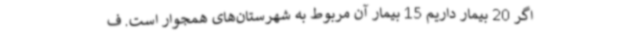
اگر 20 بیمار داریم 15 بیمار آن مربوط به شهرستان‌های همجوار است. ف